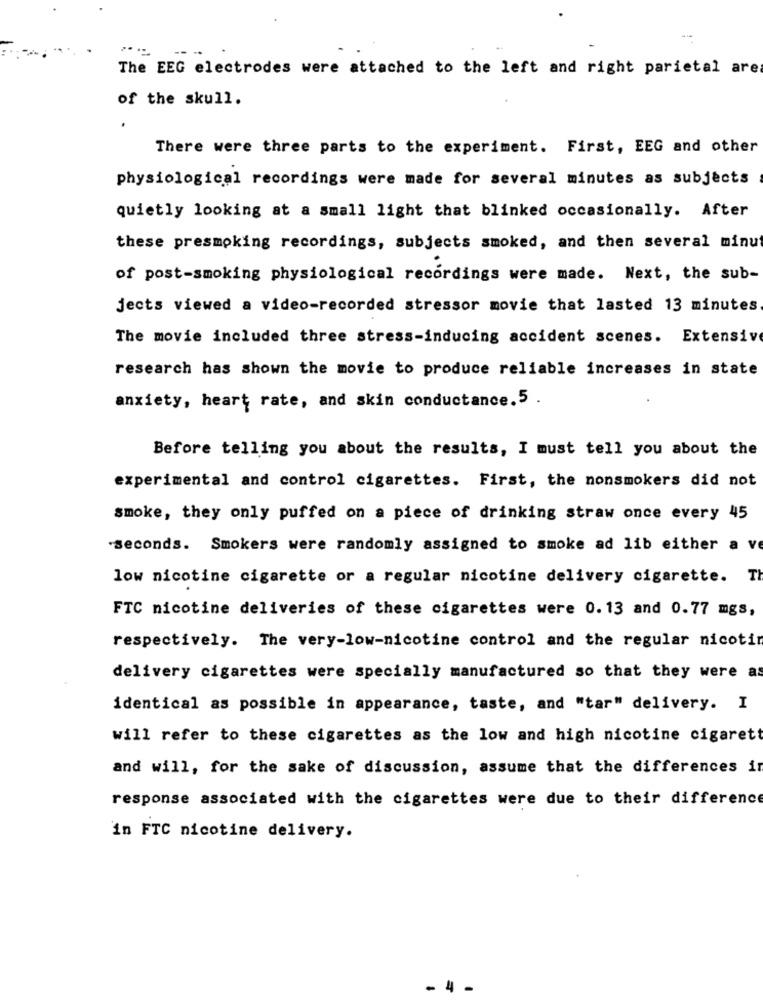
The EEG electrodes were attached to the left and right parietal are
of the skull.
There were three parts to the experiment. First, EEG and other
physiological recordings were made for several minutes as subjects
quietly looking at a small light that blinked occasionally. After
these presmoking recordings, subjects smoked, and then several minut
of post-smoking physiological recordings were made. Next, the sub-
jects viewed a video-recorded stressor movie that lasted 13 minutes
The movie included three stress-inducing accident scenes. Extensive
research has shown the movie to produce reliable increases in state
anxiety, heart rate, and skin conductance.5 .
Before telling you about the results, I must tell you about the
experimental and control cigarettes. First, the nonsmokers did not
smoke, they only puffed on a piece of drinking straw once every 45
seconds. Smokers were randomly assigned to smoke ad lib either a ve
low nicotine cigarette or a regular nicotine delivery cigarette. Th
FTC nicotine deliveries of these cigarettes were 0.13 and 0.77 mgs,
respectively. The very-low-nicotine control and the regular nicotin
delivery cigarettes were specially manufactured so that they were as
identical as possible in appearance, taste, and "tar" delivery. I
will refer to these cigarettes as the low and high nicotine cigarett
and will, for the sake of discussion, assume that the differences in
response associated with the cigarettes were due to their difference
in FTC nicotine delivery.
- 4